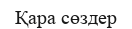
Қара сөздер